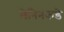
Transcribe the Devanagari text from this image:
लेनिनकडे